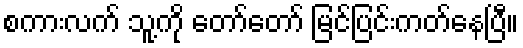
စကားလက် သူ့ကို တော်တော် မြင်ပြင်းကတ်နေပြီ။